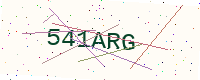
Text: 541ARG